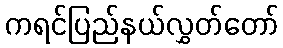
ကရင်ပြည်နယ်လွှတ်တော်